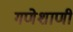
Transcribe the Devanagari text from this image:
गणेशाणी